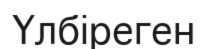
Үлбіреген